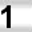
Digit: 1